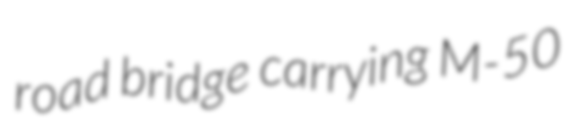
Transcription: road bridge carrying M-50